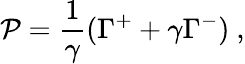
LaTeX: \mathcal{P}=\frac{{1}}{{\gamma}}(\Gamma^{+}+\gamma\Gamma^{-})~,